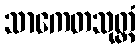
သာကေတသုတ္တံ